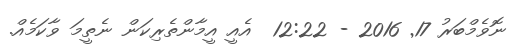
ނޮވެމްބަރު 17